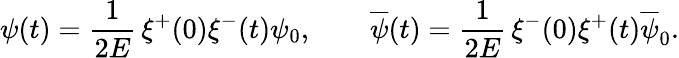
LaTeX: \psi(t)=\frac{1}{2E}\, \xi^{+}(0)\xi^{-}(t)\psi_{0},\qquad\overline{{{\psi}}}(t)=\frac{1}{2E}\, \xi^{-}(0)\xi^{+}(t)\overline{{{\psi}}}_{0}.